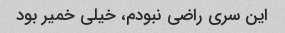
این سری راضی نبودم، خیلی خمیر بود